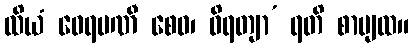
ထိယံ ဝေရမဏီ စေဝ၊ ဝိရတျာ’ ရတိ စာပျထ။